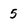
Character: 5